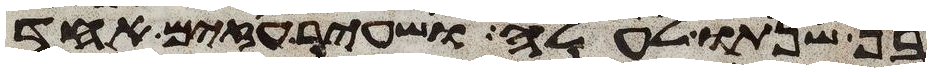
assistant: בן שנתו לעלה ושעיר עזים אחד